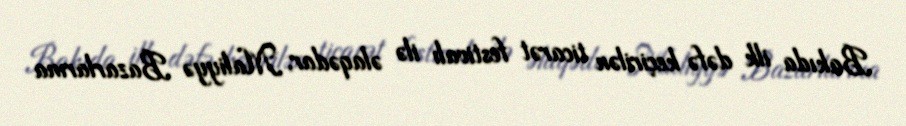
Bakıda ilk dəfə keçirilən ticarət festivalı ilə əlaqədar, Maliyyə Bazarlarına